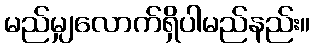
မည်မျှလောက်ရှိပါမည်နည်း။